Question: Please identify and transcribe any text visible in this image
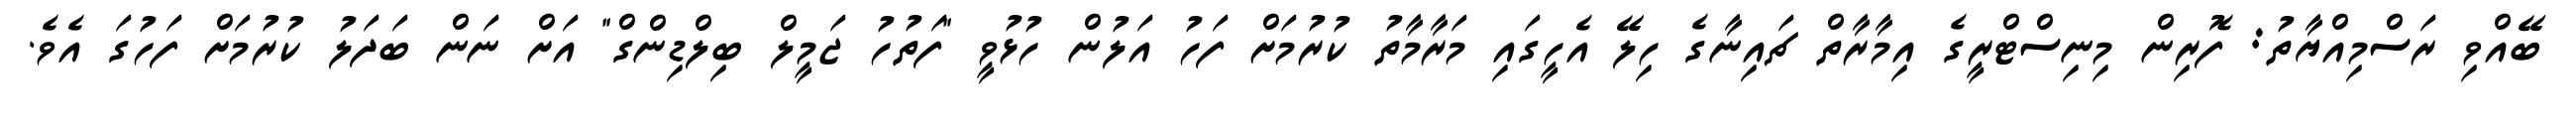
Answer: ބޭއްވި ރަސްމިއްޔާތު: ފޮރިން މިނިސްޓްރީގެ އިމާރާތް ޗައިނާގެ ހިލޭ އެހީގައި މަރާމާތު ކުރުމަށް ފަހު އަލުން ހުޅުވީ "ފަތުހު ޖަމީލް ބިލްޑިންގް" އަށް ނަން ބަދަލު ކުރުމަށް ފަހުގަ އެވެ.